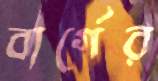
বার্গের